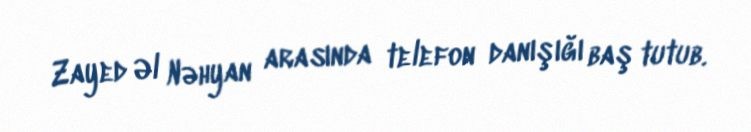
Zayed Əl Nəhyan arasında telefon danışığı baş tutub.